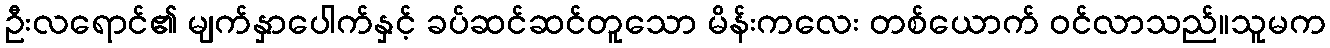
ဦးလရောင်၏ မျက်နှာပေါက်နှင့် ခပ်ဆင်ဆင်တူသော မိန်းကလေး တစ်ယောက် ဝင်လာသည်။သူမက